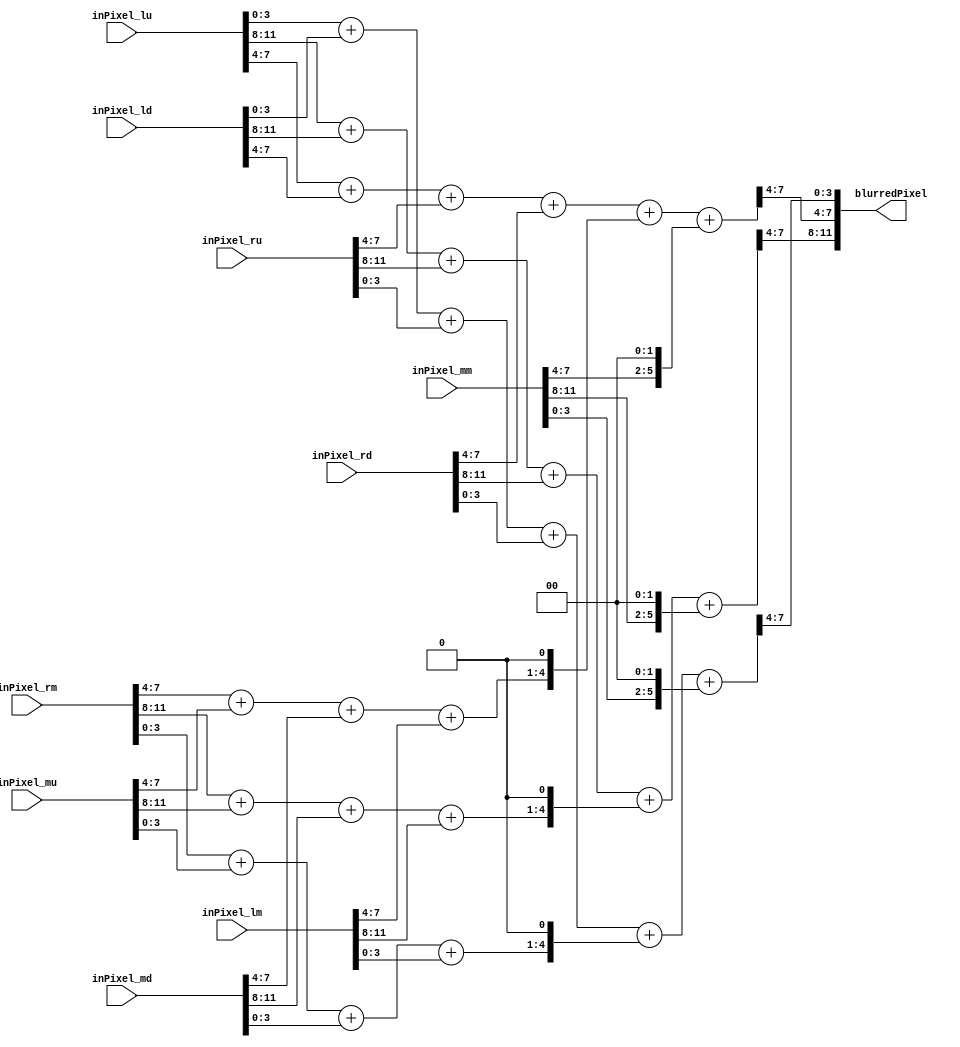
`timescale 1ns / 1ps
//////////////////////////////////////////////////////////////////////////////////
// Company: 
// Engineer: 
// 
// Design Name: 
// Module Name: Gaussian3x3
// Project Name: 
// Target Devices: 
// Tool Versions: 
// Description: 
// 
// Dependencies: 
// 
// Revision:
// Revision 0.01 - File Created
// Additional Comments:
// 
//////////////////////////////////////////////////////////////////////////////////

// gaussian kernel of 
//          | 1, 2, 1 |
//  1/16 *  | 2, 4, 2 |
//          | 1, 2, 1 |
module Gaussian3x3(
    input [11:0]  inPixel_lu,
    input [11:0]  inPixel_lm,
    input [11:0]  inPixel_ld,
    input [11:0]  inPixel_mu,
    input [11:0]  inPixel_mm,
    input [11:0]  inPixel_md,
    input [11:0]  inPixel_ru,
    input [11:0]  inPixel_rm,
    input [11:0]  inPixel_rd,
    
    output [11:0] blurredPixel
    );
    genvar i;
    wire [17:0] cornerPixels;   // 3 pixels, 6 bits each (F*4 << 0 == 0x3C)
    wire [20:0] edgePixels;     // 3 pixels, 7 bits each (F*4 << 1 == 0x78)
    wire [17:0] middlePixel;    // 3 pixels, 6 bits each (F   << 2 == 0x3C)
    wire [8*3-1:0] addVal;      // 3 pixels, 8 bits each (0x3C + 0x78 + 0x3C == 0xF0)
    generate
        for (i = 0; i < 3; i=i+1) begin
            // just add the corners together
            assign cornerPixels[6*(i+1)-1:6*i] = inPixel_lu[4*(i+1)-1:4*i] +
                                                 inPixel_ld[4*(i+1)-1:4*i] +
                                                 inPixel_ru[4*(i+1)-1:4*i] +
                                                 inPixel_rd[4*(i+1)-1:4*i];
            // multiply these by two and add, do by left shifting once
            assign edgePixels[7*(i+1)-1:7*i]   = {(inPixel_rm[4*(i+1)-1:4*i] +
                                                   inPixel_mu[4*(i+1)-1:4*i] +
                                                   inPixel_md[4*(i+1)-1:4*i] +
                                                   inPixel_lm[4*(i+1)-1:4*i]  ), 1'b0};

            // multiply by 4, left shift twice
            assign middlePixel[6*(i+1)-1:6*i]  = {inPixel_mm[4*(i+1)-1:4*i] , 2'b00};

            // add these all up
            assign addVal[8*(i+1)-1:8*i] = cornerPixels[6*(i+1)-1:6*i] + edgePixels[7*(i+1)-1:7*i] + middlePixel[6*(i+1)-1:6*i];

            // divide by 16, right shift by 4 (take upper 4 bits of each pixel), if MSB == 1, we overflowed, just set as max pixel value
            assign blurredPixel[4*(i+1)-1:4*i] = addVal[8*(i+1)-1:8*i + 4];
        end
    endgenerate
endmodule